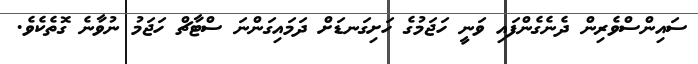
ސައިންސްވެރިން ދެނެގެންފައި ވަނީ ހަޖަމުގެ ހަށިގަނޑަށް ދަމައިގަންނަ ސްޓާޗް ހަޖަމު ނުވާނެ ގޮތެކެވެ.